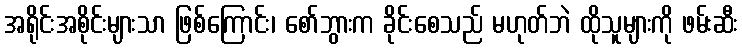
အရိုင်းအစိုင်းများသာ ဖြစ်ကြောင်း၊ စော်ဘွားက ခိုင်းစေသည် မဟုတ်ဘဲ ထိုသူများကို ဖမ်းဆီး